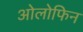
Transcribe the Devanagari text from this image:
ओलोफिन